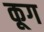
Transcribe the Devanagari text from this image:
कूग